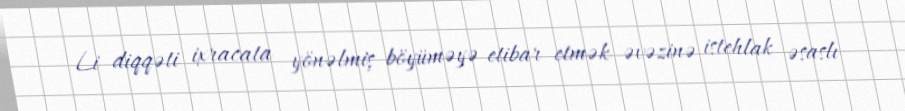
Li diqqəti ixracata yönəlmiş böyüməyə etibar etmək əvəzinə istehlak əsaslı